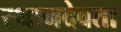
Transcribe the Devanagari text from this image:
स्थानदेवता